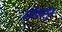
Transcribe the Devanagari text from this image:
द्पीवसमूह